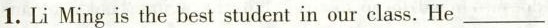
1.Li Ming is the best student in our class. He___